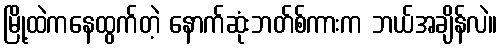
မြို့ထဲကနေထွက်တဲ့ နောက်ဆုံးဘတ်စ်ကားက ဘယ်အချိန်လဲ။